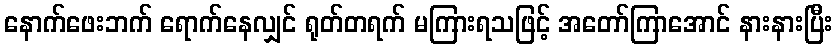
နောက်ဖေးဘက် ရောက်နေလျှင် ရုတ်တရက် မကြားရသဖြင့် အတော်ကြာအောင် နားနားပြီး